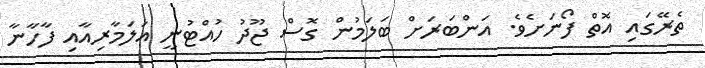
ތެރޭގައި އޮތް ފޯނަށެވެ. އަންބަރަށް ބަލަމުން ގޮސް ޖޫދު ހުއްޓުނީ އަލަމާރިއާއި ފާހާނާ